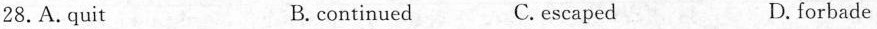
28.A. quit B. continued C. escaped D. forbade